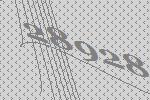
28928